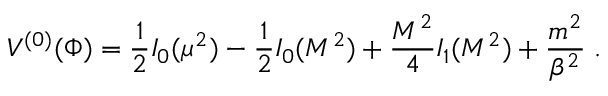
{ \cal V } ^ { ( 0 ) } ( \Phi ) = { \frac { 1 } { 2 } } I _ { 0 } ( \mu ^ { 2 } ) - { \frac { 1 } { 2 } } I _ { 0 } ( { \cal M } ^ { 2 } ) + { \frac { { \cal M } ^ { 2 } } { 4 } } I _ { 1 } ( { \cal M } ^ { 2 } ) + { \frac { m ^ { 2 } } { \beta ^ { 2 } } } \; .